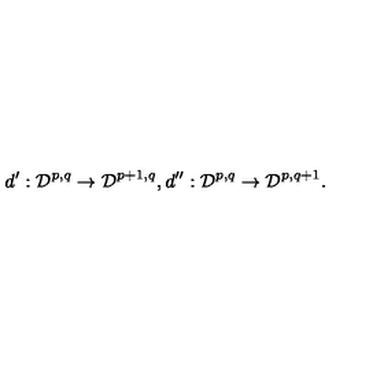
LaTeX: d ^ { \prime } : { \cal D } ^ { p , q } \rightarrow { \cal D } ^ { p + 1 , q } , d ^ { \prime \prime } : { \cal D } ^ { p , q } \rightarrow { \cal D } ^ { p , q + 1 } .